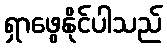
ရှာဖွေနိုင်ပါသည်